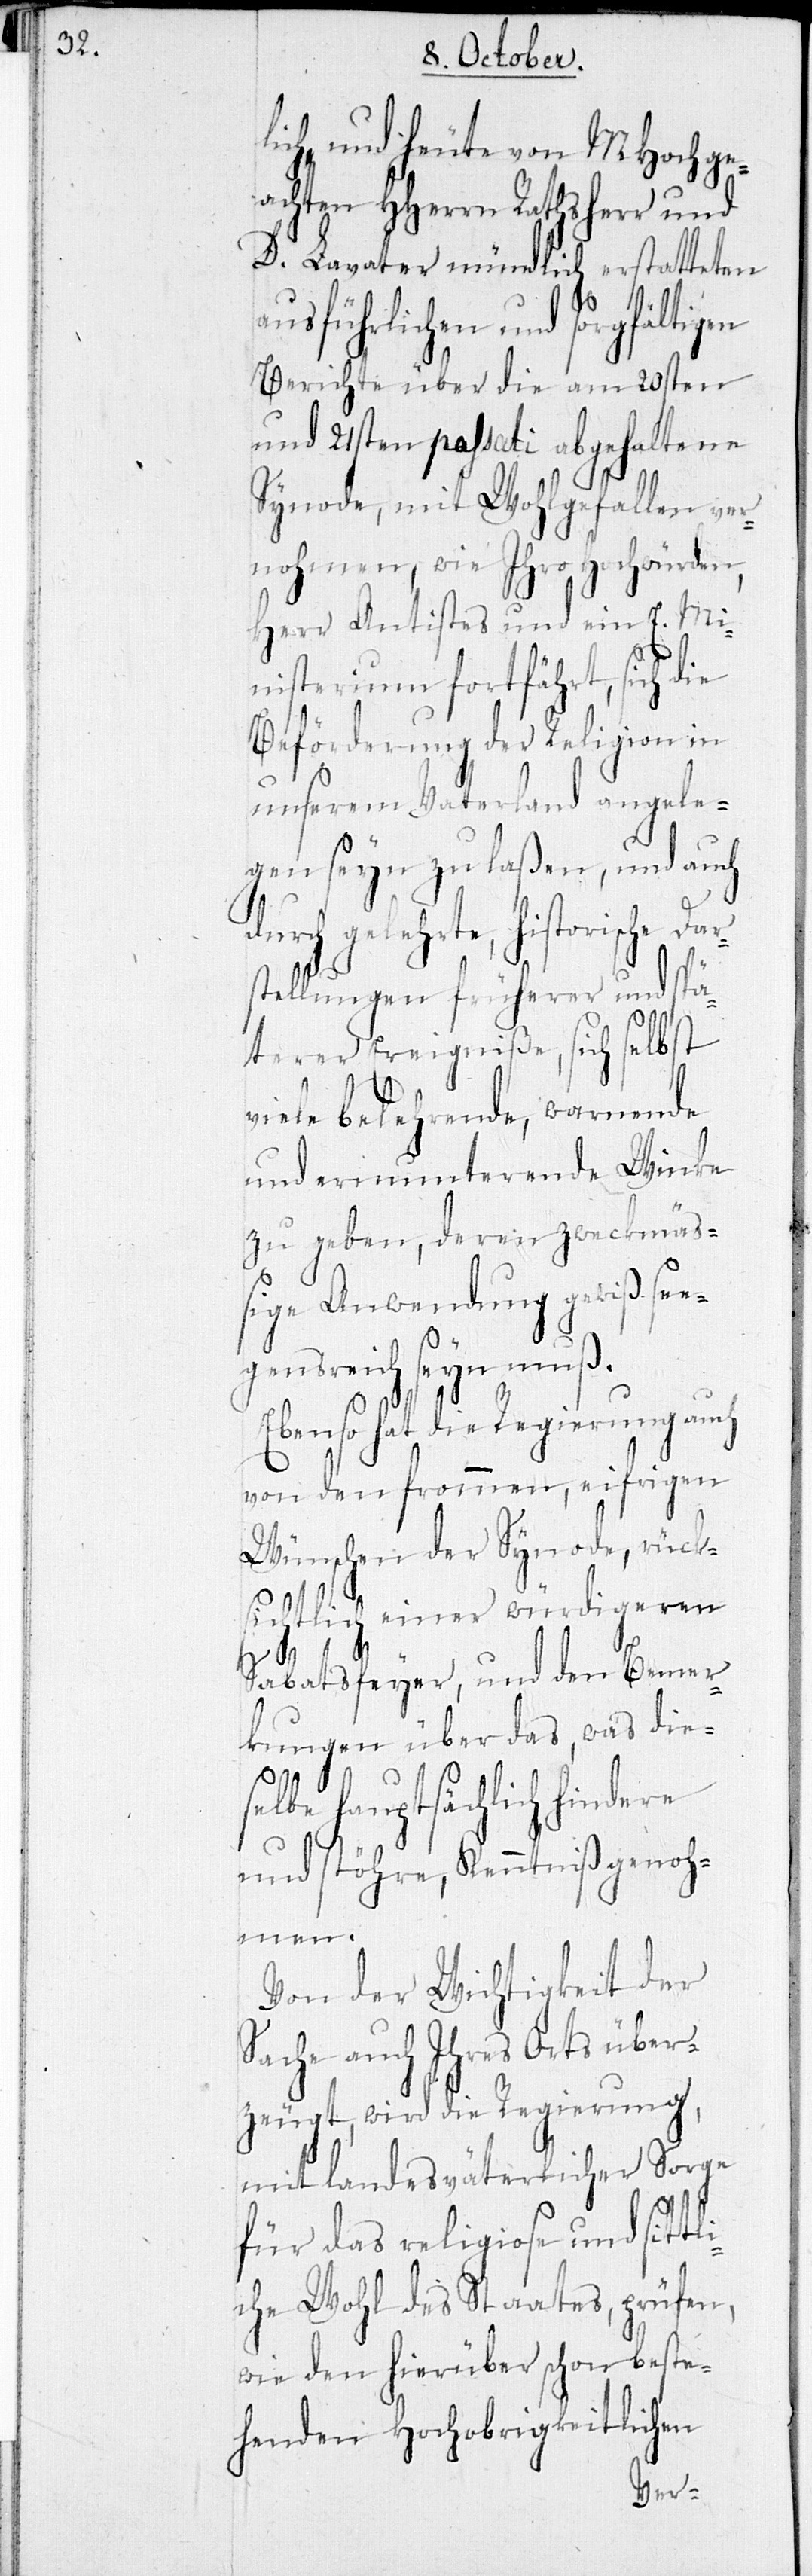
lich und heute von MHochge¬
achten HHerrn Rathsherr und
D. Lavater mündlich erstatteten
ausführlichen und sorgfältigen
Berichte über die am 20sten
und 21sten passati abgehaltene
Synode, mit Wohlgefallen ver¬
nohmen, wie Ihro Hochwürden,
Herr Antistes und ein E. Mi¬
nisterium fortfährt, sich
Beförderung der Religion in
unserem Vaterland angele¬
gen seyn zu laßen, und auch
gelehrte, historische
stellungen früherer und spä¬
terer Ereigniße, sich selbst
viele belehrende, warnende
und ermunterende Winke
zu geben, deren zweckmäß¬
ige Anwendung gewiß see¬
gensreich seyn muss.
Ebenso hat die Regierung auch
von den frommen, eifrigen
Wünschen der Synode, rück¬
sichtlich einer würdigeren
Sabatsfeyer, und den Bemer¬
kungen über das, was dies¬
elbe hauptsächlich hindere
und stöhre, Kenntniß genoh¬
men.
Von der Wichtigkeit der
Sache auch Ihres Orts über¬
zeugt, wird die Regierung,
mit landesväterlicher Sorge
für das religiose und sittl¬
iche Wohl des Staates, prüfen,
wie den hierüber schon beste¬
henden Hochobrigkeitlichen
Dar¬